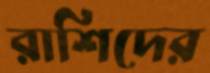
রাশিদের